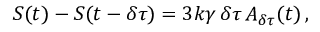
S ( t ) - S ( t - \delta \tau ) = 3 k \gamma \, \delta \tau \, A _ { \delta \tau } ( t ) \, ,